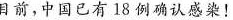
目前，中国已有18例确认感染！